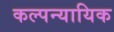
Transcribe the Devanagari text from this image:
कल्पन्यायिक